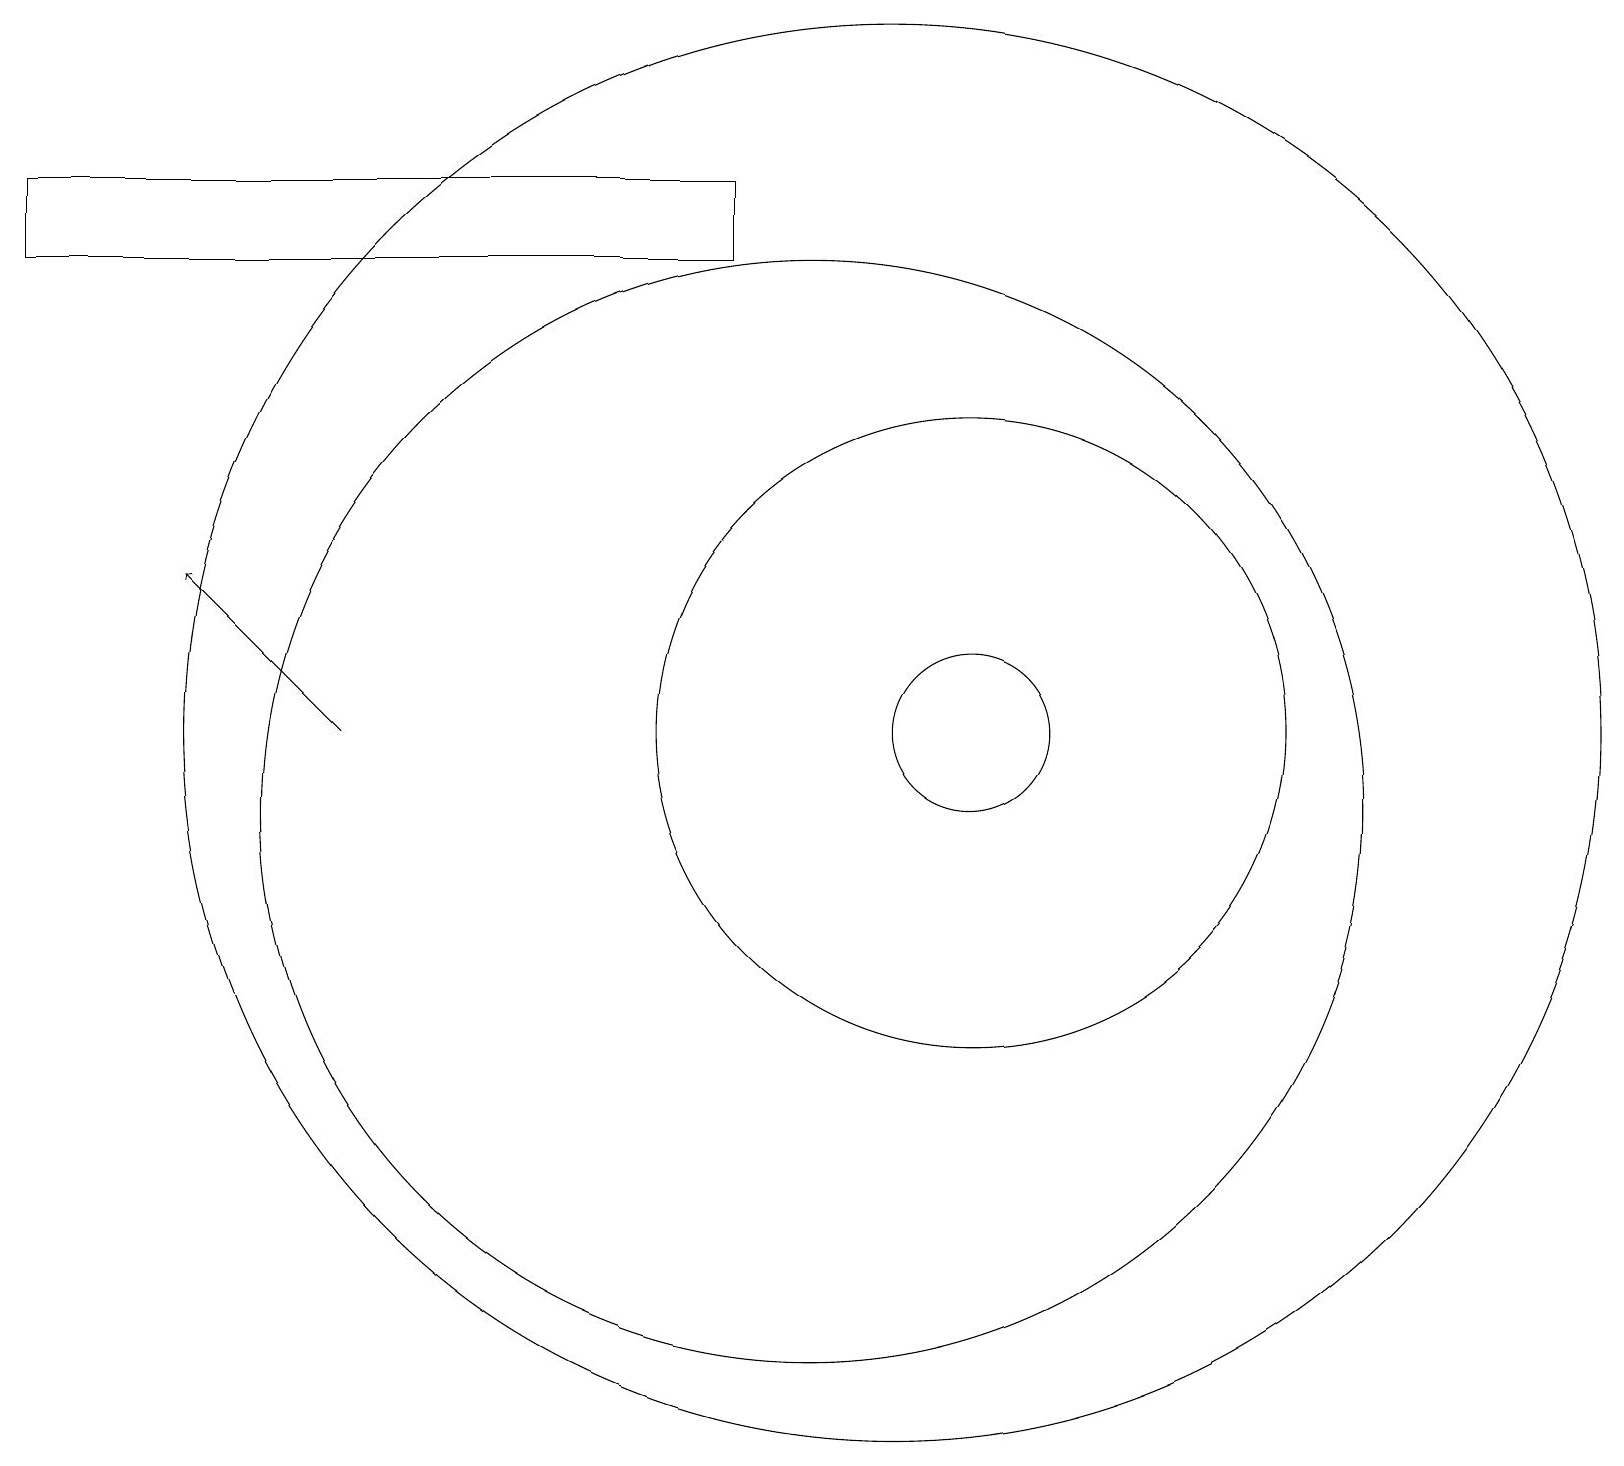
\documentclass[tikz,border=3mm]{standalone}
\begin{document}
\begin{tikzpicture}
\draw (9,19) rectangle (0,18);
\draw (10,11) circle (7);
\draw (12,12) circle (4);
\draw[->] (4,12) -- (2,14);
\draw (11,12) circle (9);
\draw (12,12) circle (1);
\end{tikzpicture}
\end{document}